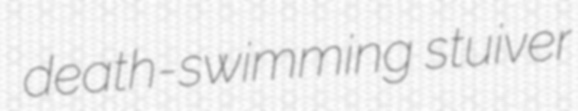
death-swimming stuiver